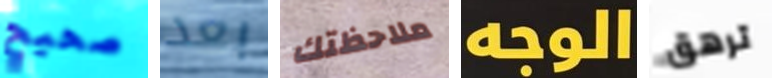
صحيح بعد ملاحظتك الوجه ترهق